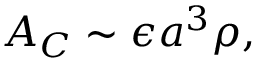
A _ { C } \sim \epsilon a ^ { 3 } \rho ,